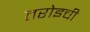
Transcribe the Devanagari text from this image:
तरोइची